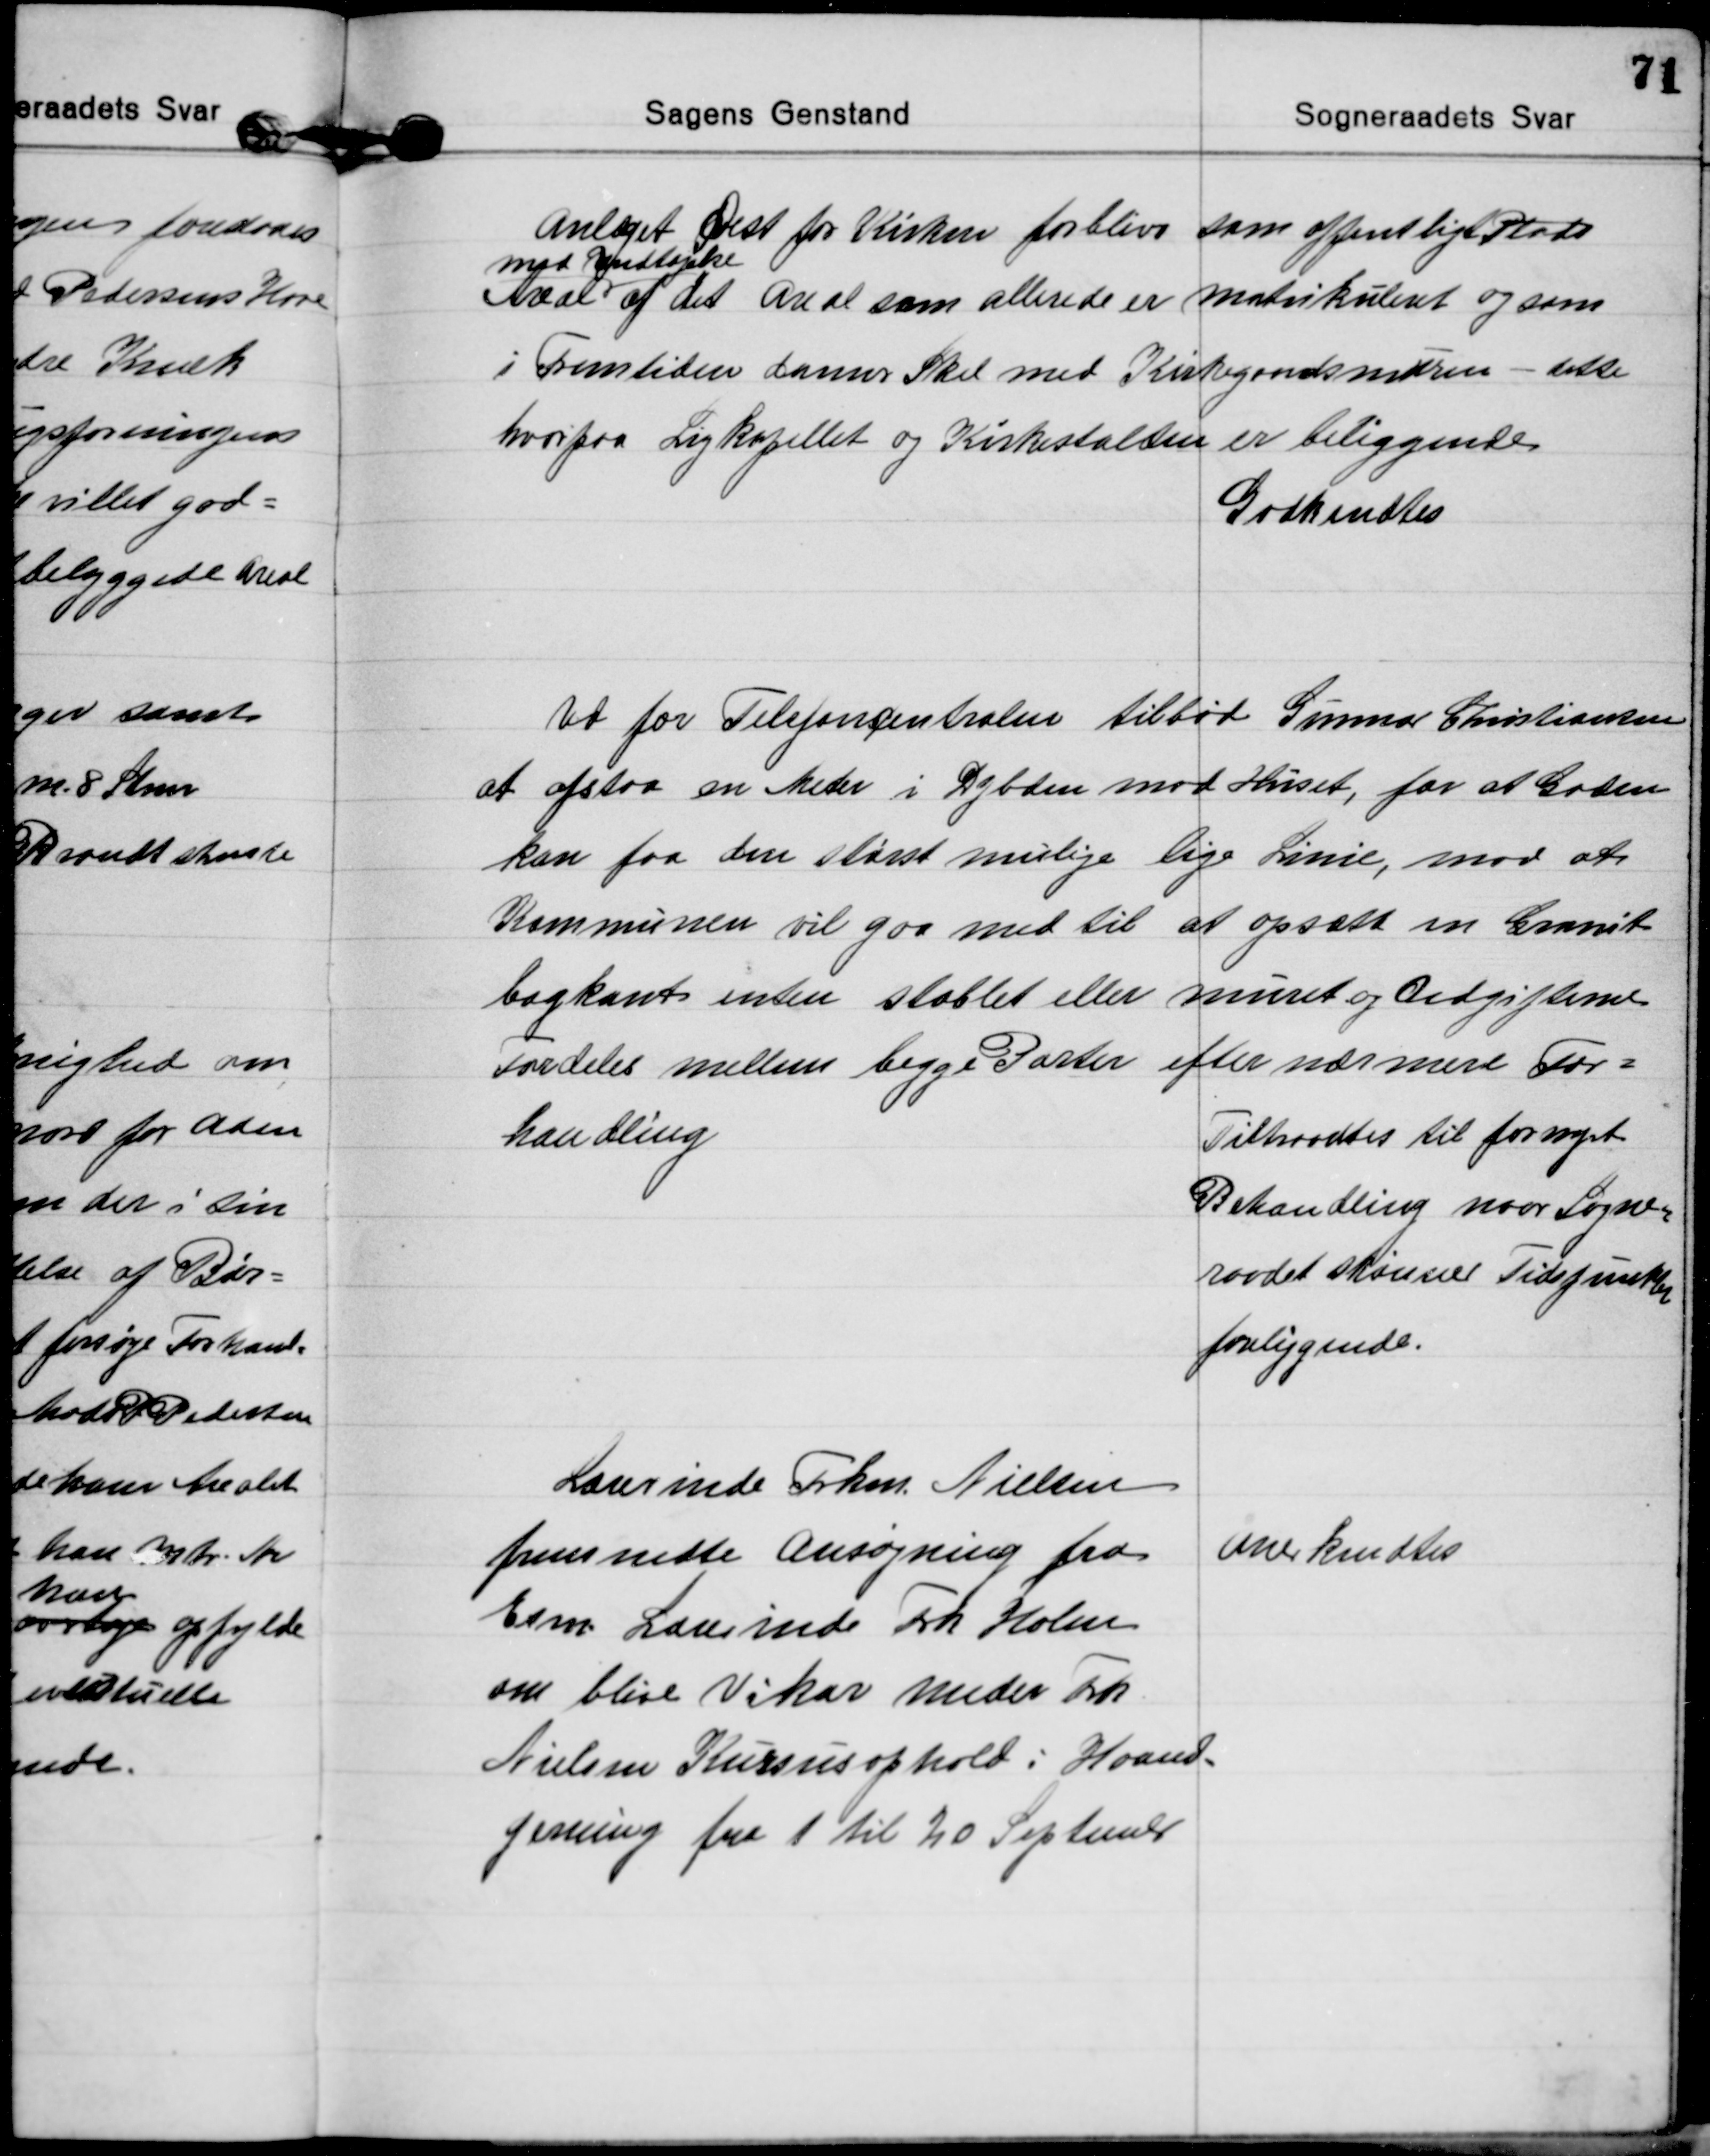
Transskription:
Anlæget Øest for Kirken forbliver som offentligt Plads
Areal 
med Undtagelse
af det Areal som allerede er matrikuleret og som
i Fremtiden danner Skel med Kirkegaardsmuren - dette
hvorfra Ligkapellet og Kirkestalden er beliggende
Godkendtes

Ud for Telefoncentralen tilbød Gunnar Christiansen
at afstaa en Meter i Dybden mod Huset, for at Gaden
kan faa den størst mulige lige Linie, mod at
Kommunen vil gaa med til at opsætte en Granit-
bagkant enten stablet eller muret og Udgifterne
Fordeles mellem begge Parter efter nærmere For=
handling
Tiltraadtes til fornyet
Behandling naar Sogne=
raadet skønner Tidspunktet
foreliggende.

Lærerinde Frken. Nielsen
fremsendte Ansøgning fra
Exm. Lærerinde Frk Holm
om blive Vikar under Frk
Nielsen Kursusophold i Haand=
gerning fra 1 til 20 September
Anerkendtes